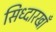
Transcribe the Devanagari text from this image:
सिध्दारखाँ